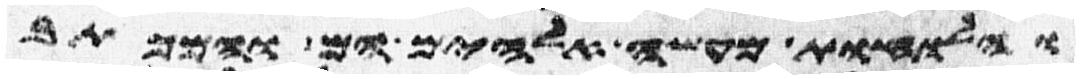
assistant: והלוחות מעשה אלהים הם והמכתב